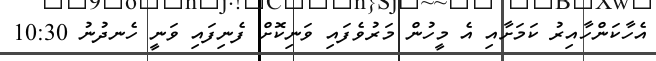
އެހާކަންހާއިރު ކަމަށާއި އެ މީހުން މަރުވެފައި ވަނިކޮށް ފެނިފައި ވަނީ ހެނދުނު 10:30